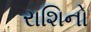
રાશિનો